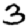
Digit: 3